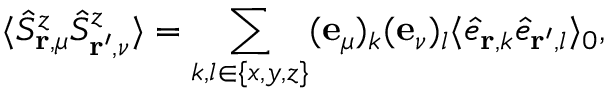
\langle \hat { S } _ { \mathbf { r } , \mu } ^ { z } \hat { S } _ { \mathbf { r ^ { \prime } } , \nu } ^ { z } \rangle = \sum _ { k , l \in \{ x , y , z \} } ( \mathbf { e } _ { \mu } ) _ { k } ( \mathbf { e } _ { \nu } ) _ { l } \langle \hat { e } _ { \mathbf { r } , k } \hat { e } _ { \mathbf { r } ^ { \prime } , l } \rangle _ { 0 } ,